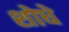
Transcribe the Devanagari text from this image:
शोधे